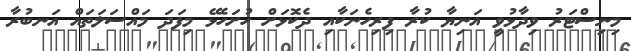
މިނިސްޓަރު ވިދާޅުވީ އަނިޔާ ކުރާ ފިރިހެނަކާއި ދެކޮޅަށް ހުށަހެޅޭ މިފަދަ މައްސަލަތައް އަނބުރާ